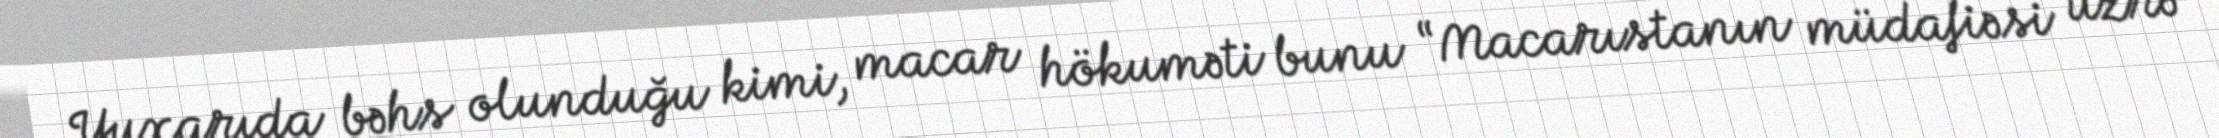
Yuxarıda bəhs olunduğu kimi, macar hökuməti bunu “Macarıstanın müdafiəsi üzrə